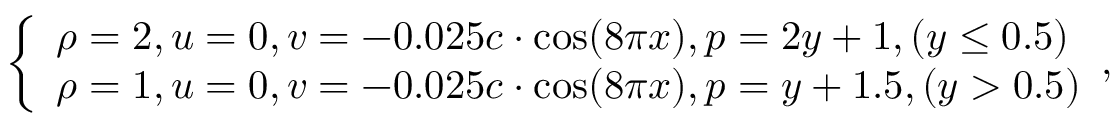
\left\{ \begin{array} { l } { \rho = 2 , u = 0 , v = - 0 . 0 2 5 c \cdot \cos ( 8 \pi x ) , p = 2 y + 1 , ( y \leq 0 . 5 ) } \\ { \rho = 1 , u = 0 , v = - 0 . 0 2 5 c \cdot \cos ( 8 \pi x ) , p = y + 1 . 5 , ( y > 0 . 5 ) } \end{array} , \right.